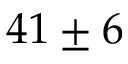
4 1 \pm 6